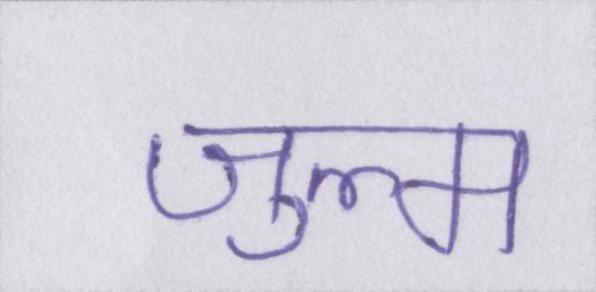
ज़ुल्म